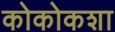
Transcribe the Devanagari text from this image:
कोकोकशा